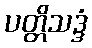
ပတ္တိသဒ္ဒံ